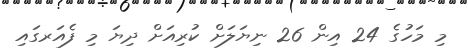
މި މަހުގެ 24 އިން 26 ނިޔަލަށް ކުރިއަށް ދިޔަ މި ފެއަރގައި